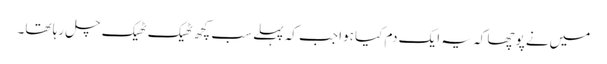
میں‌نے پوچھا کہ یہ ایک دم کیا ہوا جب کہ پہلے سب کچھ ٹھیک ٹھیک چل رہا تھا۔